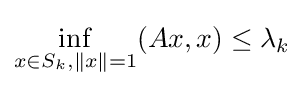
\inf _{x\in S_{k},\|x\|=1}(Ax,x)\leq \lambda _{k}